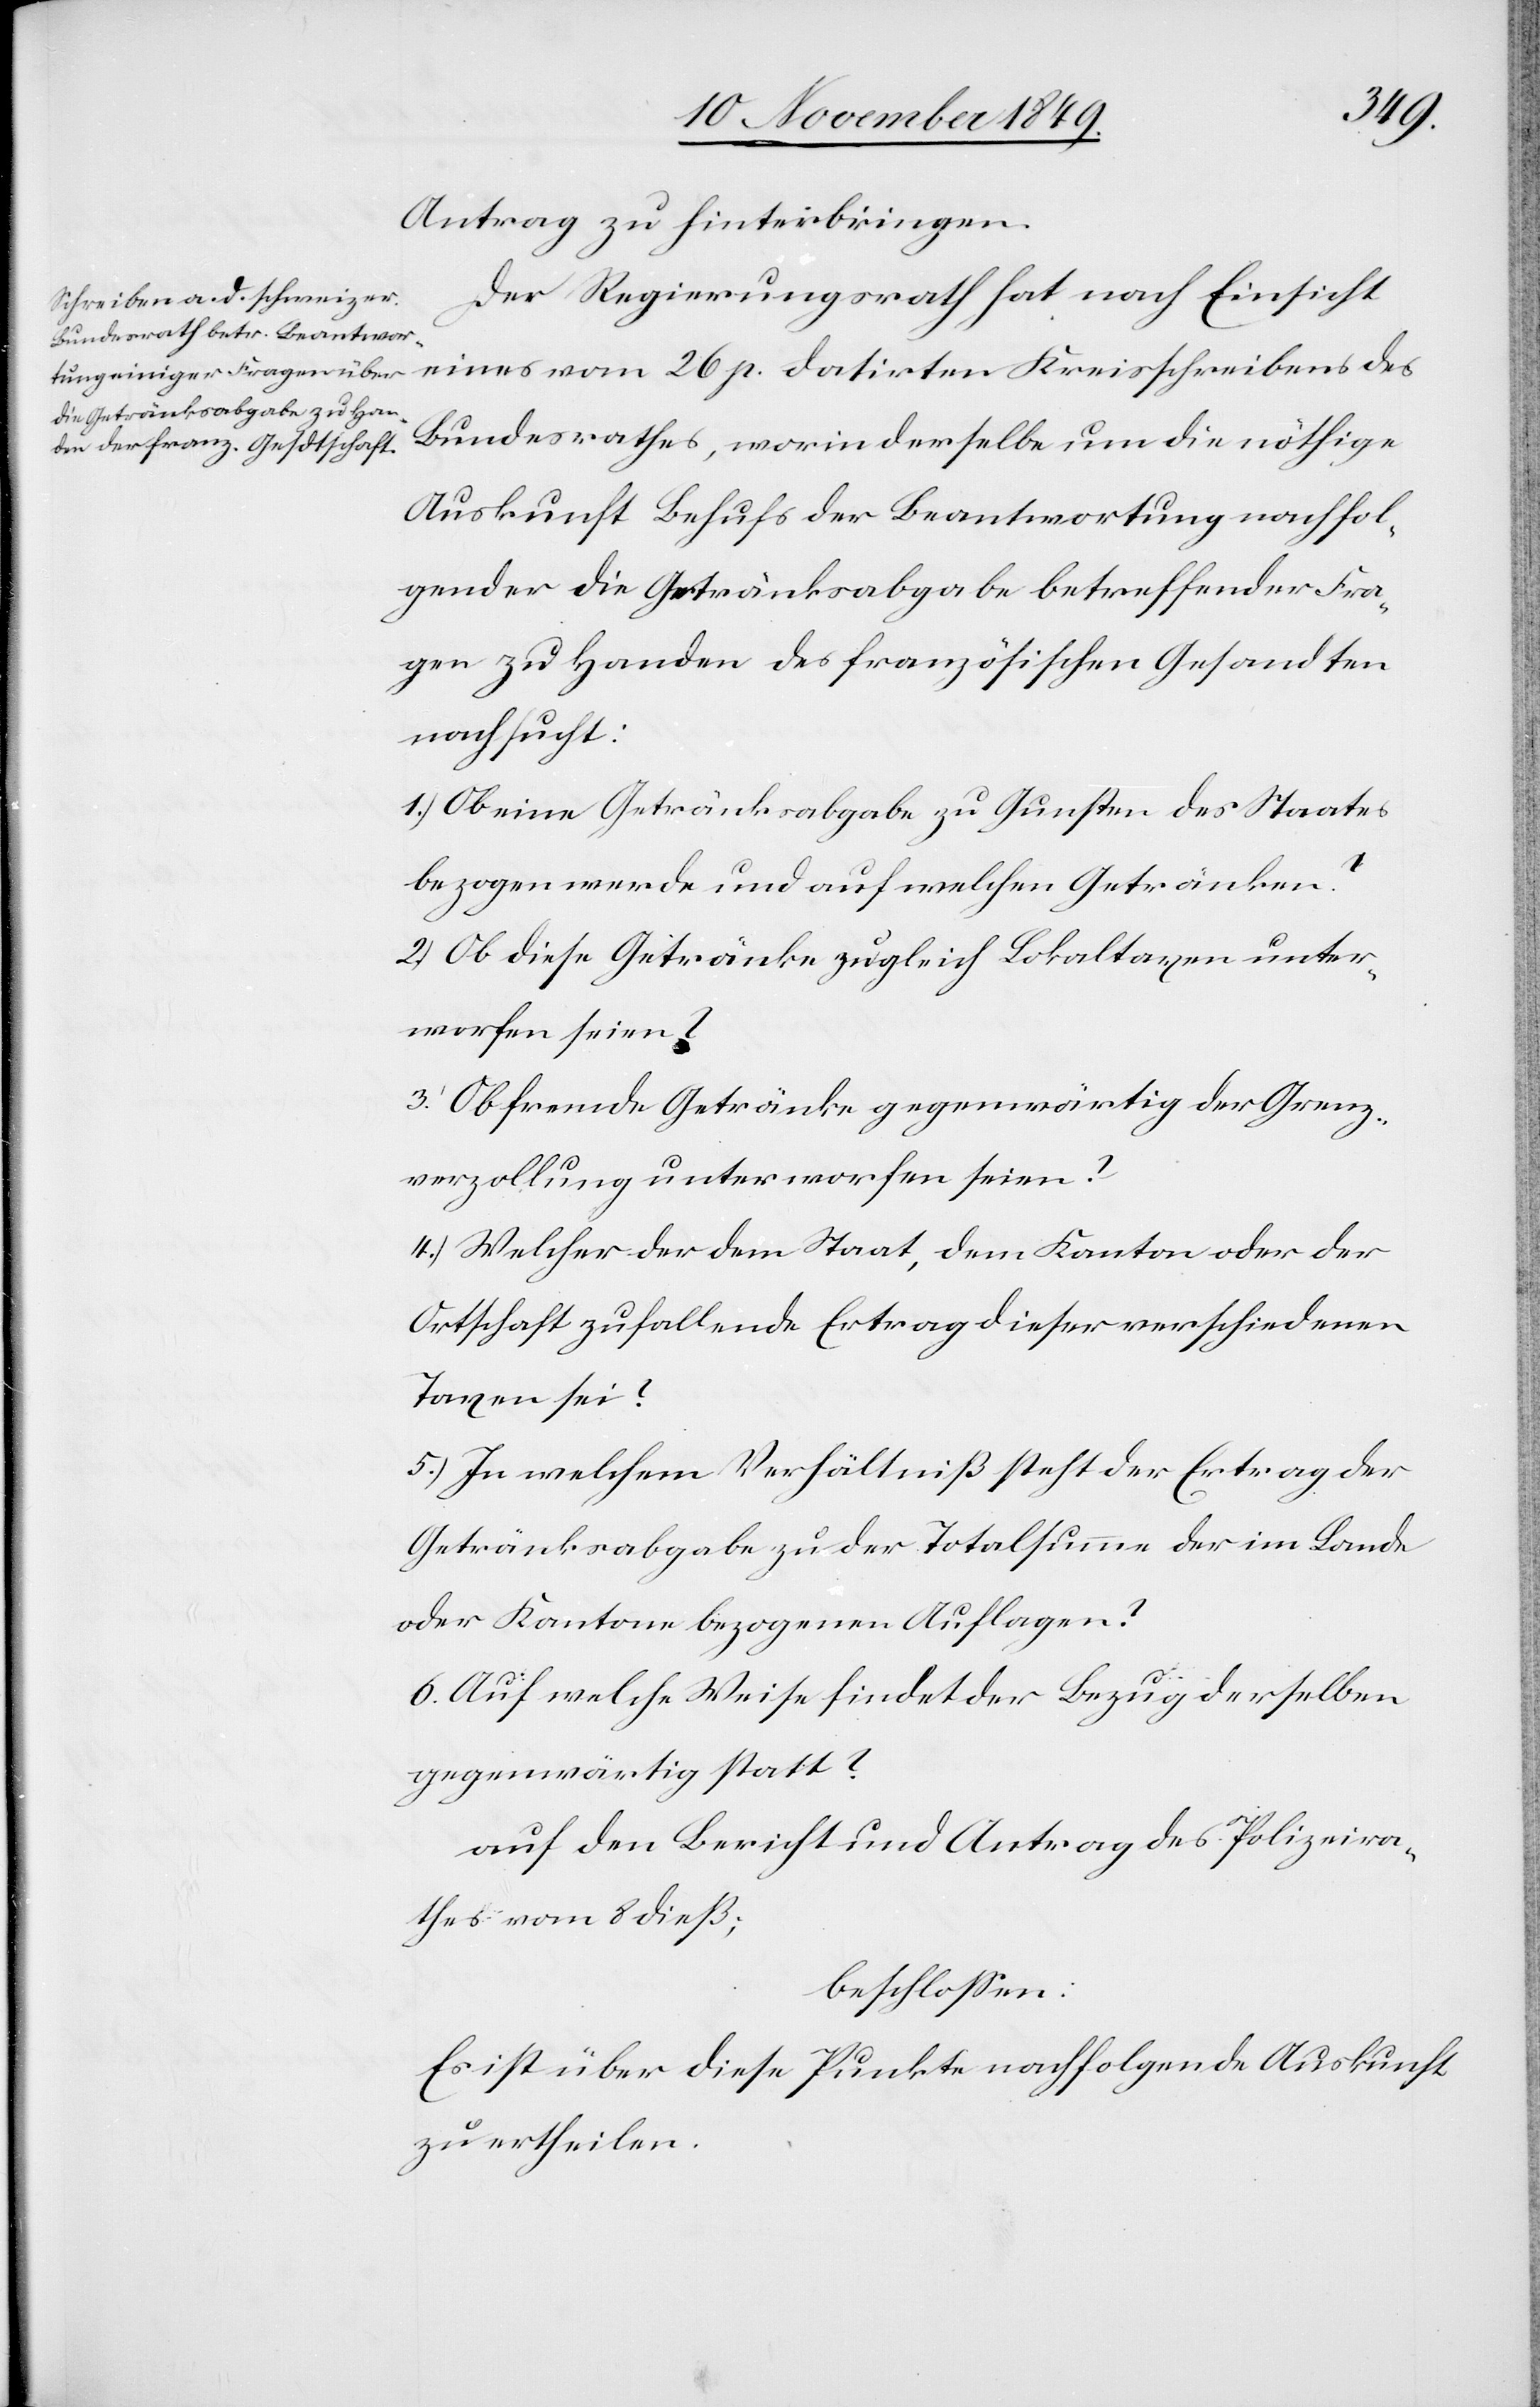
Antrag zu hinterbringen.
Der Regierungsrath hat nach Einsicht
eines vom 26 p. datirten Kreisschreibens des
Bundesrathes, worin derselbe um die nöthige
Auskunft Behufs der Beantwortung nachfol¬
gender die Getränksabgabe betreffender Fra¬
gen zu Handen des französischen Gesandten
nachsucht:
1.) Ob eine Getränksabgabe zu Gunsten des Staates
bezogen werde und auf welchen Getränken?
2.) Ob diese Getränke zugleich Lokaltaxen unter¬
worfen seien?
3.) Ob fremde Getränke gegenwärtig der Grenz¬
verzollung unterworfen seien?
4.) Welcher der dem Staat, dem Kanton oder der
Ortschaft zufallende Ertrag dieser verschiedenen
Taxen sei?
5.) In welchem Verhältniß steht der Ertrag der
Getränksabgabe zu der Totalsumme der im Lande
oder Kantone bezogenen Auflagen?
6. Auf welche Weise findet der Bezug derselben
gegenwärtig statt?
auf den Bericht und Antrag des Polizeira¬
thes vom 8 dieß;
beschloßen:
Es ist über diese Punkte nachfolgende Auskunft
zu ertheilen.